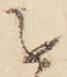
を